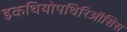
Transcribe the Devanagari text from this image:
इकथियोपथिरिऑसिस